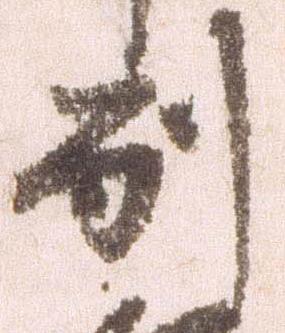
別